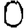
Digit: 0